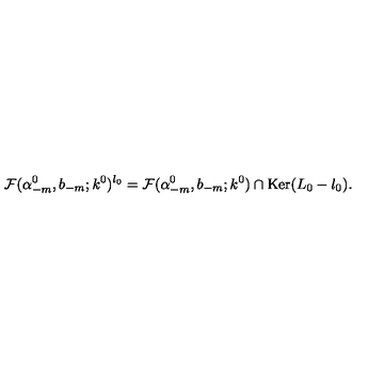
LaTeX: { \cal F } ( \alpha _ { - m } ^ { 0 } , b _ { - m } ; k ^ { 0 } ) ^ { l _ { 0 } } = { \cal F } ( \alpha _ { - m } ^ { 0 } , b _ { - m } ; k ^ { 0 } ) \cap \mathrm { K e r } ( L _ { 0 } - l _ { 0 } ) .